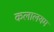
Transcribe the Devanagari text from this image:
कलालयम